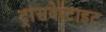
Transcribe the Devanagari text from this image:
ट्रांसवेस्टाइट